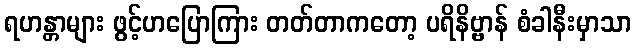
ရဟန္တာများ ဖွင့်ဟပြောကြား တတ်တာကတော့ ပရိနိဗ္ဗာန် စံခါနီးမှာသာ